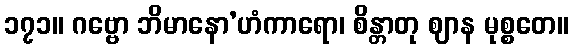
၁၇၁။ ဂဗ္ဗော ဘိမာနော’ဟံကာရော၊ စိန္တာတု ဈာန မုစ္စတေ။